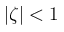
| \zeta | < 1